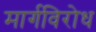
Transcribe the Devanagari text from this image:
मार्गविरोध